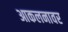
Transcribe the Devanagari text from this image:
आकलनावर